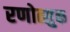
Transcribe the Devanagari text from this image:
रणोत्सुक